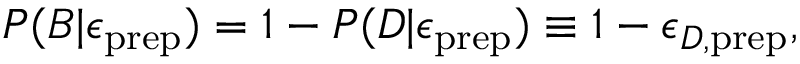
P ( B | \epsilon _ { \mathrm { p r e p } } ) = 1 - P ( D | \epsilon _ { \mathrm { p r e p } } ) \equiv 1 - \epsilon _ { D , \mathrm { p r e p } } ,